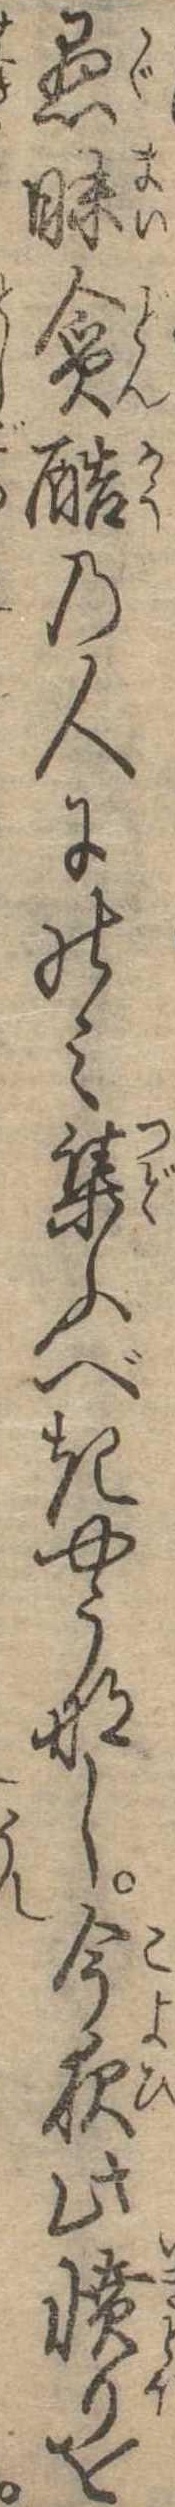
愚昧貪酷の人にのみ集ふべきやうなし今夜此憤りを